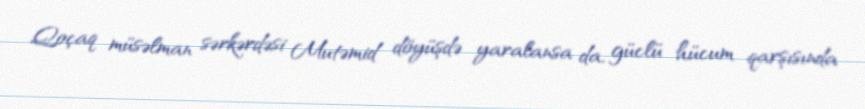
Qoçaq müsəlman sərkərdəsi Mutəmid döyüşdə yaralansa da, güclü hücum qarşısında